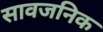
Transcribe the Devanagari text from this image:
सावजनिक